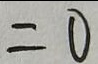
= 0